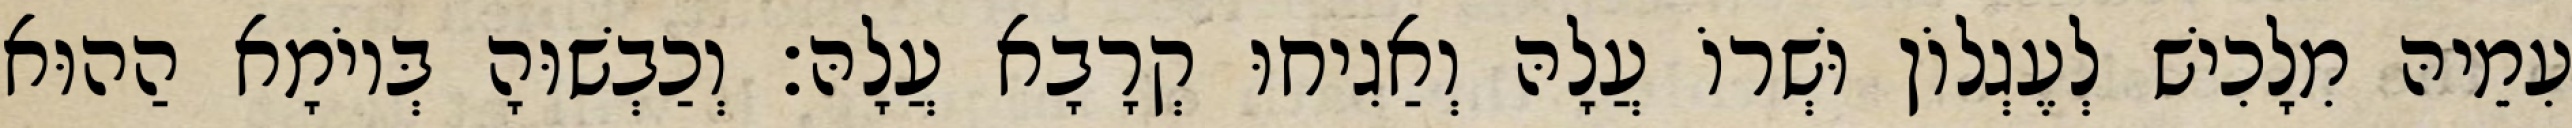
עִמֵיהּ מִלָכִישׁ לְעֶגְלוֹן וּשְׁרוֹ עֲלָהּ וְאַגִיחוּ קְרָבָא עֲלָהּ׃ וְכַבְשׁוּהָ בְּיוֹמָא הַהוּא